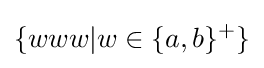
\{www|w\in \{a,b\}^{+}\}